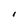
Character: I